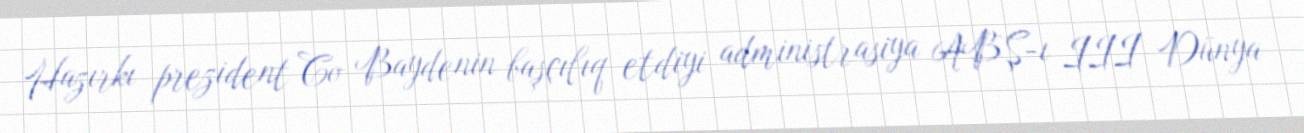
Hazırkı prezident Co Baydenin başçılıq etdiyi administrasiya ABŞ-ı III Dünya